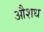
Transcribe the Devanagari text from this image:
औशध